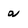
Character: a